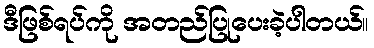
ဒီဖြစ်ရပ်ကို အတည်ပြုပေးခဲ့ပါတယ်။